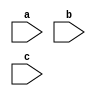
module fa(a, b, c);
  input a;
  input b;
  input c;
endmodule